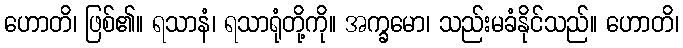
ဟောတိ၊ ဖြစ်၏။ ရသာနံ၊ ရသာရုံတို့ကို။ အက္ခမော၊ သည်းမခံနိုင်သည်။ ဟောတိ၊